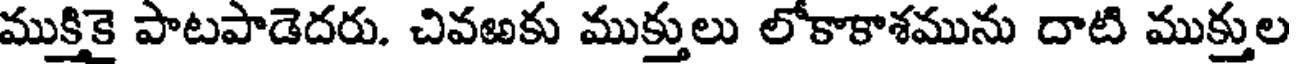
ముక్తికై పాటపాడెదరు. చివఱకు ముక్తులు లోకాకాశమును దాటి ముక్తుల